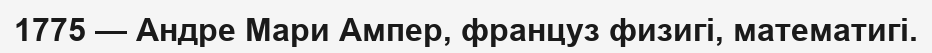
1775 — Андре Мари Ампер, француз физигі, математигі.